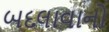
બદલાવાનો